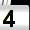
Digit: 4